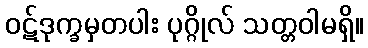
ဝဋ်ဒုက္ခမှတပါး ပုဂ္ဂိုလ် သတ္တဝါမရှိ။